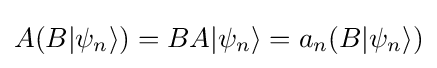
A(B|\psi _{n}\rangle )=BA|\psi _{n}\rangle =a_{n}(B|\psi _{n}\rangle )